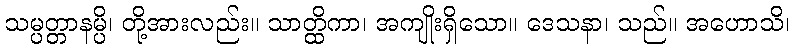
သမ္ပတ္တာနမ္ပိ၊ တို့အားလည်း။ သာတ္ထိကာ၊ အကျိုးရှိသော။ ဒေသနာ၊ သည်။ အဟောသိ၊